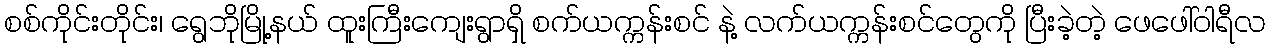
စစ်ကိုင်းတိုင်း၊ ရွေဘိုမြို့နယ် ထူးကြီးကျေးရွာရှိ စက်ယက္ကန်းစင် နဲ့ လက်ယက္ကန်းစင်တွေကို ပြီးခဲ့တဲ့ ဖေဖေါ်ဝါရီလ